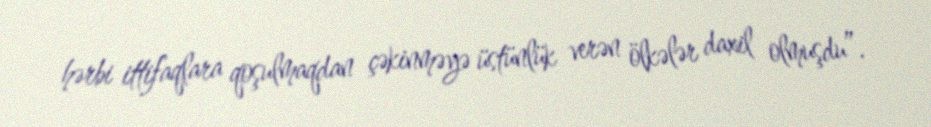
hərbi ittifaqlara qoşulmaqdan çəkinməyə üstünlük verən ölkələr daxil olmuşdu”.